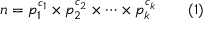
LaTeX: n = p _ { 1 } ^ { c _ { 1 } } \times p _ { 2 } ^ { c _ { 2 } } \times \cdots \times p _ { k } ^ { c _ { k } } \qquad ( 1 )